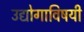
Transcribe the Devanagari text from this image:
उद्योगाविषयी